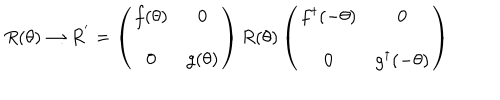
LaTeX: R ( \theta ) \rightarrow R ^ { ' } = \left( \begin{array} { c c } { { f ( \theta ) } } & { { 0 } } \\ { { 0 } } & { { g ( \theta ) } } \\ \end{array} \right) R ( \theta ) \left( \begin{array} { c c } { { f ^ { \dagger } ( - \theta ) } } & { { 0 } } \\ { { 0 } } & { { g ^ { \dagger } ( - \theta ) } } \\ \end{array} \right)